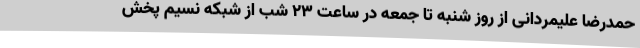
حمدرضا علیمردانی از روز شنبه تا جمعه در ساعت 23 شب از شبکه نسیم پخش